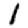
Digit: 1